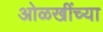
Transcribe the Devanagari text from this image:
ओळखींच्या